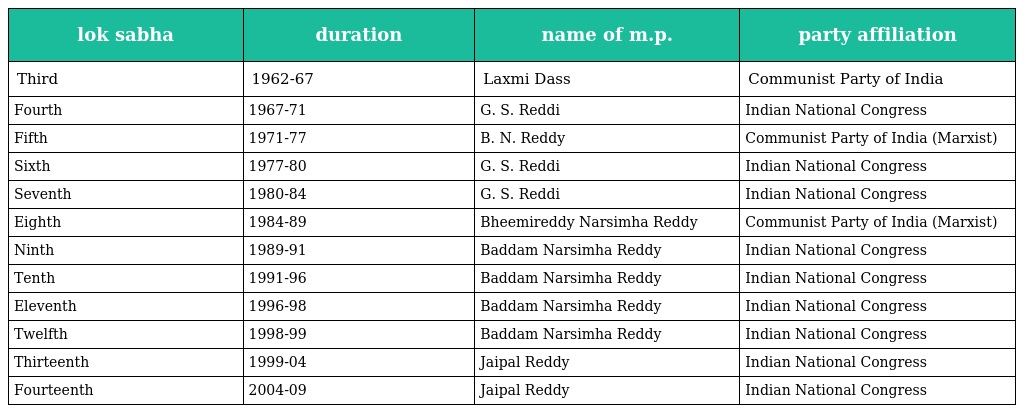
| lok sabha | duration | name of m.p. | party affiliation |
 | --- | --- | --- | --- |
 | Third | 1962-67 | Laxmi Dass | Communist Party of India |
 | Fourth | 1967-71 | G. S. Reddi | Indian National Congress |
 | Fifth | 1971-77 | B. N. Reddy | Communist Party of India (Marxist) |
 | Sixth | 1977-80 | G. S. Reddi | Indian National Congress |
 | Seventh | 1980-84 | G. S. Reddi | Indian National Congress |
 | Eighth | 1984-89 | Bheemireddy Narsimha Reddy | Communist Party of India (Marxist) |
 | Ninth | 1989-91 | Baddam Narsimha Reddy | Indian National Congress |
 | Tenth | 1991-96 | Baddam Narsimha Reddy | Indian National Congress |
 | Eleventh | 1996-98 | Baddam Narsimha Reddy | Indian National Congress |
 | Twelfth | 1998-99 | Baddam Narsimha Reddy | Indian National Congress |
 | Thirteenth | 1999-04 | Jaipal Reddy | Indian National Congress |
 | Fourteenth | 2004-09 | Jaipal Reddy | Indian National Congress |